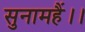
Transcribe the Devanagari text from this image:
सुनामहैं।।